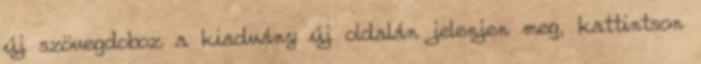
új szövegdoboz a kiadvány új oldalán jelenjen meg, kattintson